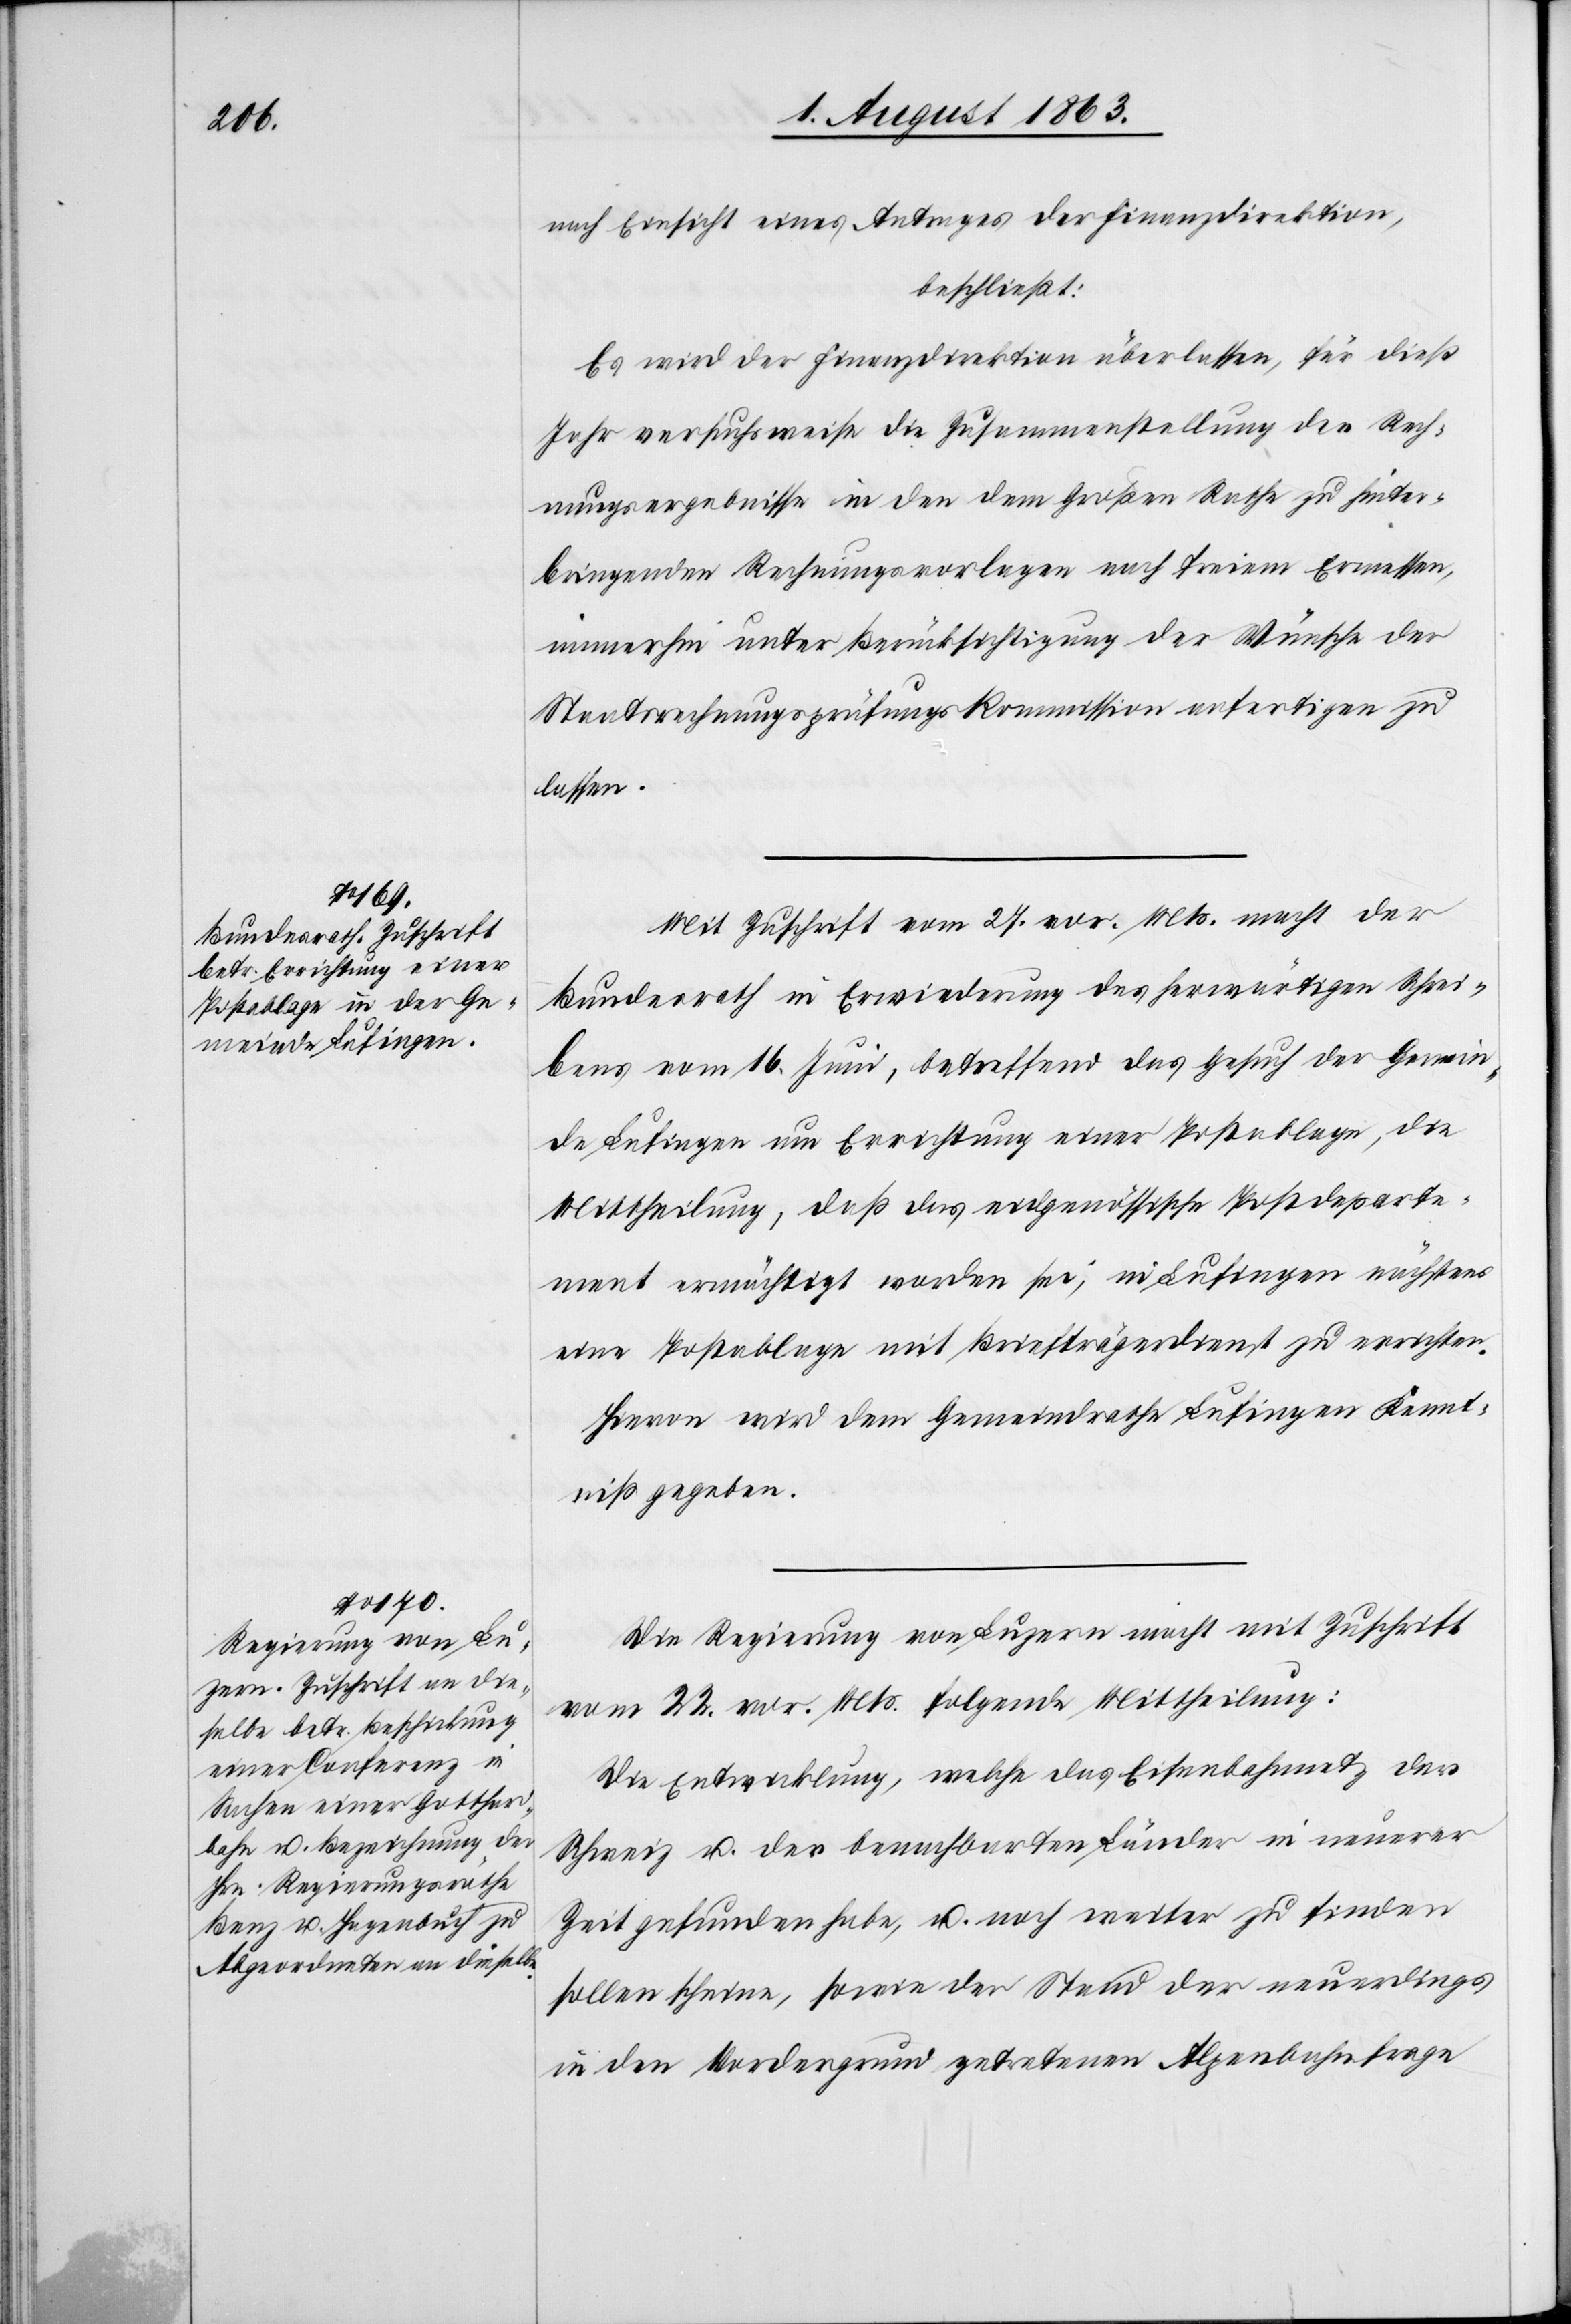
nach Einsicht eines Antrages der Finanzdirektion,
beschließt:
Es wird der Finanzdirektion überlassen, für dieß
Jahr versuchsweise die Zusammenstellung der Rech¬
nungsergebnisse in den dem Großen Rathe zu hinter¬
bringenden Rechnungsvorlagen nach freiem Ermessen,
immerhin unter Berücksichtigung der Wünsche der
Staatsrechnungsprüfungskommission anfertigen zu
lassen.
Mit Zuschrift vom 27. vor. Mts. macht der
Bundesrath in Erwiederung des herwärtigen Schrei¬
bens vom 16. Juni, betreffend das Gesuch der Gemein¬
de Lufingen um Errichtung einer Postablage, die
Mittheilung, daß das eidgenössische Postdeparte¬
ment ermächtigt worden sei, in Lufingen nächstens
eine Postablage mit Briefträgerdienst zu errichten.
Hievon wird dem Gemeindrathe Lufingen Kennt¬
niß gegeben.
Die Regierung von Luzern macht mit Zuschrift
vom 22. vor. Mts. folgende Mittheilung:
Die Entwicklung, welche das Eisenbahnnetz der
Schweiz u. der benachbarten Länder in neuerer
Zeit gefunden habe, u. noch weiter zu finden
sollen scheine, sowie der Stand der neuerdings
in den Vordergrund getretenen Alpenbahnfrage